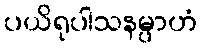
ပယိရုပါသနမ္ပာဟံ